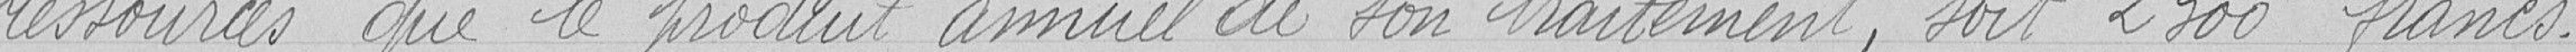
ressources que le produit annuel de son traitement, soit 2300 francs.